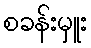
စခန်းမှူး